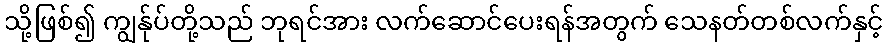
သို့ဖြစ်၍ ကျွန်ုပ်တို့သည် ဘုရင်အား လက်ဆောင်ပေးရန်အတွက် သေနတ်တစ်လက်နှင့်